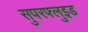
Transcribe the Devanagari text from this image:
सुपरफ्लुइड